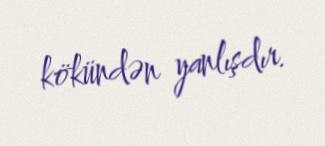
kökündən yanlışdır.